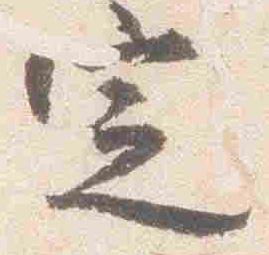
定